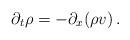
LaTeX: \begin{align*}\partial_{t}\rho = -\partial_{x}(\rho v) \, .\end{align*}